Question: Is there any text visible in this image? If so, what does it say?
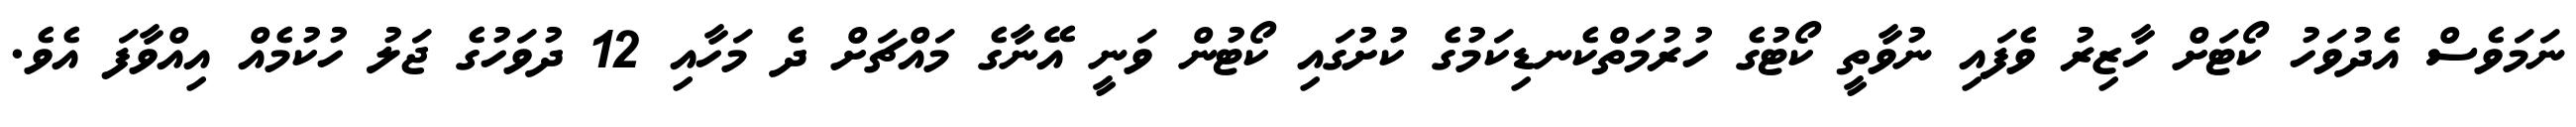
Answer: ނަމަވެސް އެދުވަހު ކޯޓަށް ހާޒިރު ވެފައި ނުވާތީ ކޯޓުގެ ހުރުމަތްކެނޑިކަމުގެ ކުށުގައި ކޯޓުން ވަނީ އޭނާގެ މައްޗަށް ދެ މަހާއި 12 ދުވަހުގެ ޖަލު ހުކުމެއް އިއްވާފަ އެވެ.